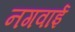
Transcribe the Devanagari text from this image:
नगवाई